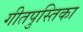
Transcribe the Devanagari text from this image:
गीतपुस्तिका